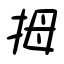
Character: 拇